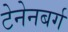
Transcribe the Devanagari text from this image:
टेनेनबर्ग